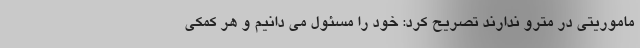
ماموریتی در مترو ندارند تصریح کرد: خود را مسئول می دانیم و هر کمکی